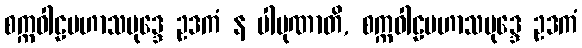
စက္ကဝါဠမဟာသမုဒ္ဒေ ဥဒကံ န ပါပုဏာတိ, စက္ကဝါဠမဟာသမုဒ္ဒေ ဥဒကံ